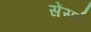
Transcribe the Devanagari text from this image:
सेंसर्ड